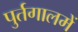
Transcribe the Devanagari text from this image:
पुर्तगालमें